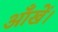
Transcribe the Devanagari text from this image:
आँखें।